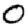
Digit: 0